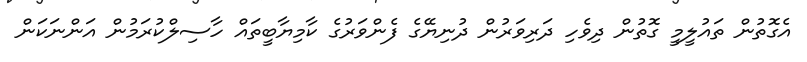
އެގޮތުން ތައުލީމީ ގޮތުން ދިވެހި ދަރިވަރުން ދުނިޔޭގެ ފެންވަރުގެ ކާމިޔާބީތައް ހާސިލްކުރަމުން އަންނަކަން